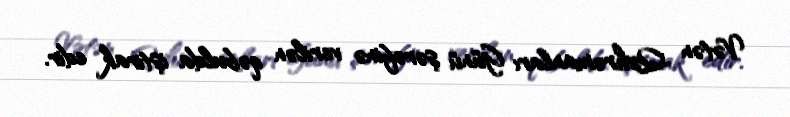
Vətən Qəhrəmanları Günü şərəfinə verilən qəbulda iştirak edir.